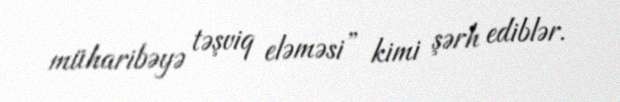
müharibəyə təşviq eləməsi” kimi şərh ediblər.